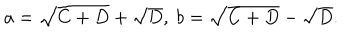
a = \sqrt { C + D } + \sqrt { D } , \ b = \sqrt { C + D } - \sqrt { D } .